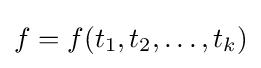
f=f(t_{1},t_{2},\ldots ,t_{k})